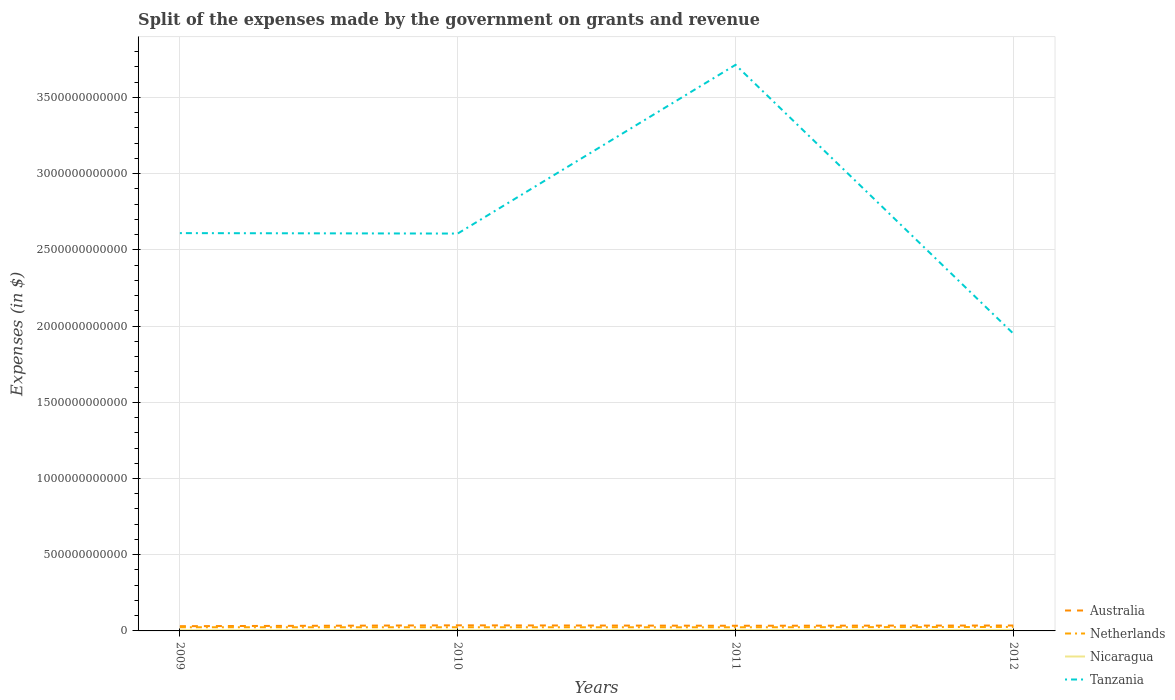
| Years | Australia | Netherlands | Nicaragua | Tanzania |
 | --- | --- | --- | --- | --- |
 | 2009 | 3.1e+10 | 2.41e+10 | 4.76e+09 | 2.61e+12 |
 | 2010 | 3.67e+10 | 2.41e+10 | 4.82e+09 | 2.61e+12 |
 | 2011 | 3.39e+10 | 2.39e+10 | 5.87e+09 | 3.71e+12 |
 | 2012 | 3.55e+10 | 2.6e+10 | 6.53e+09 | 1.95e+12 |